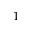
1